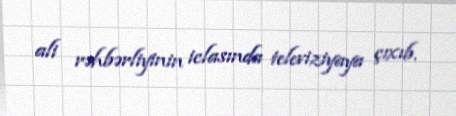
ali rəhbərliyinin iclasında televiziyaya çıxıb.